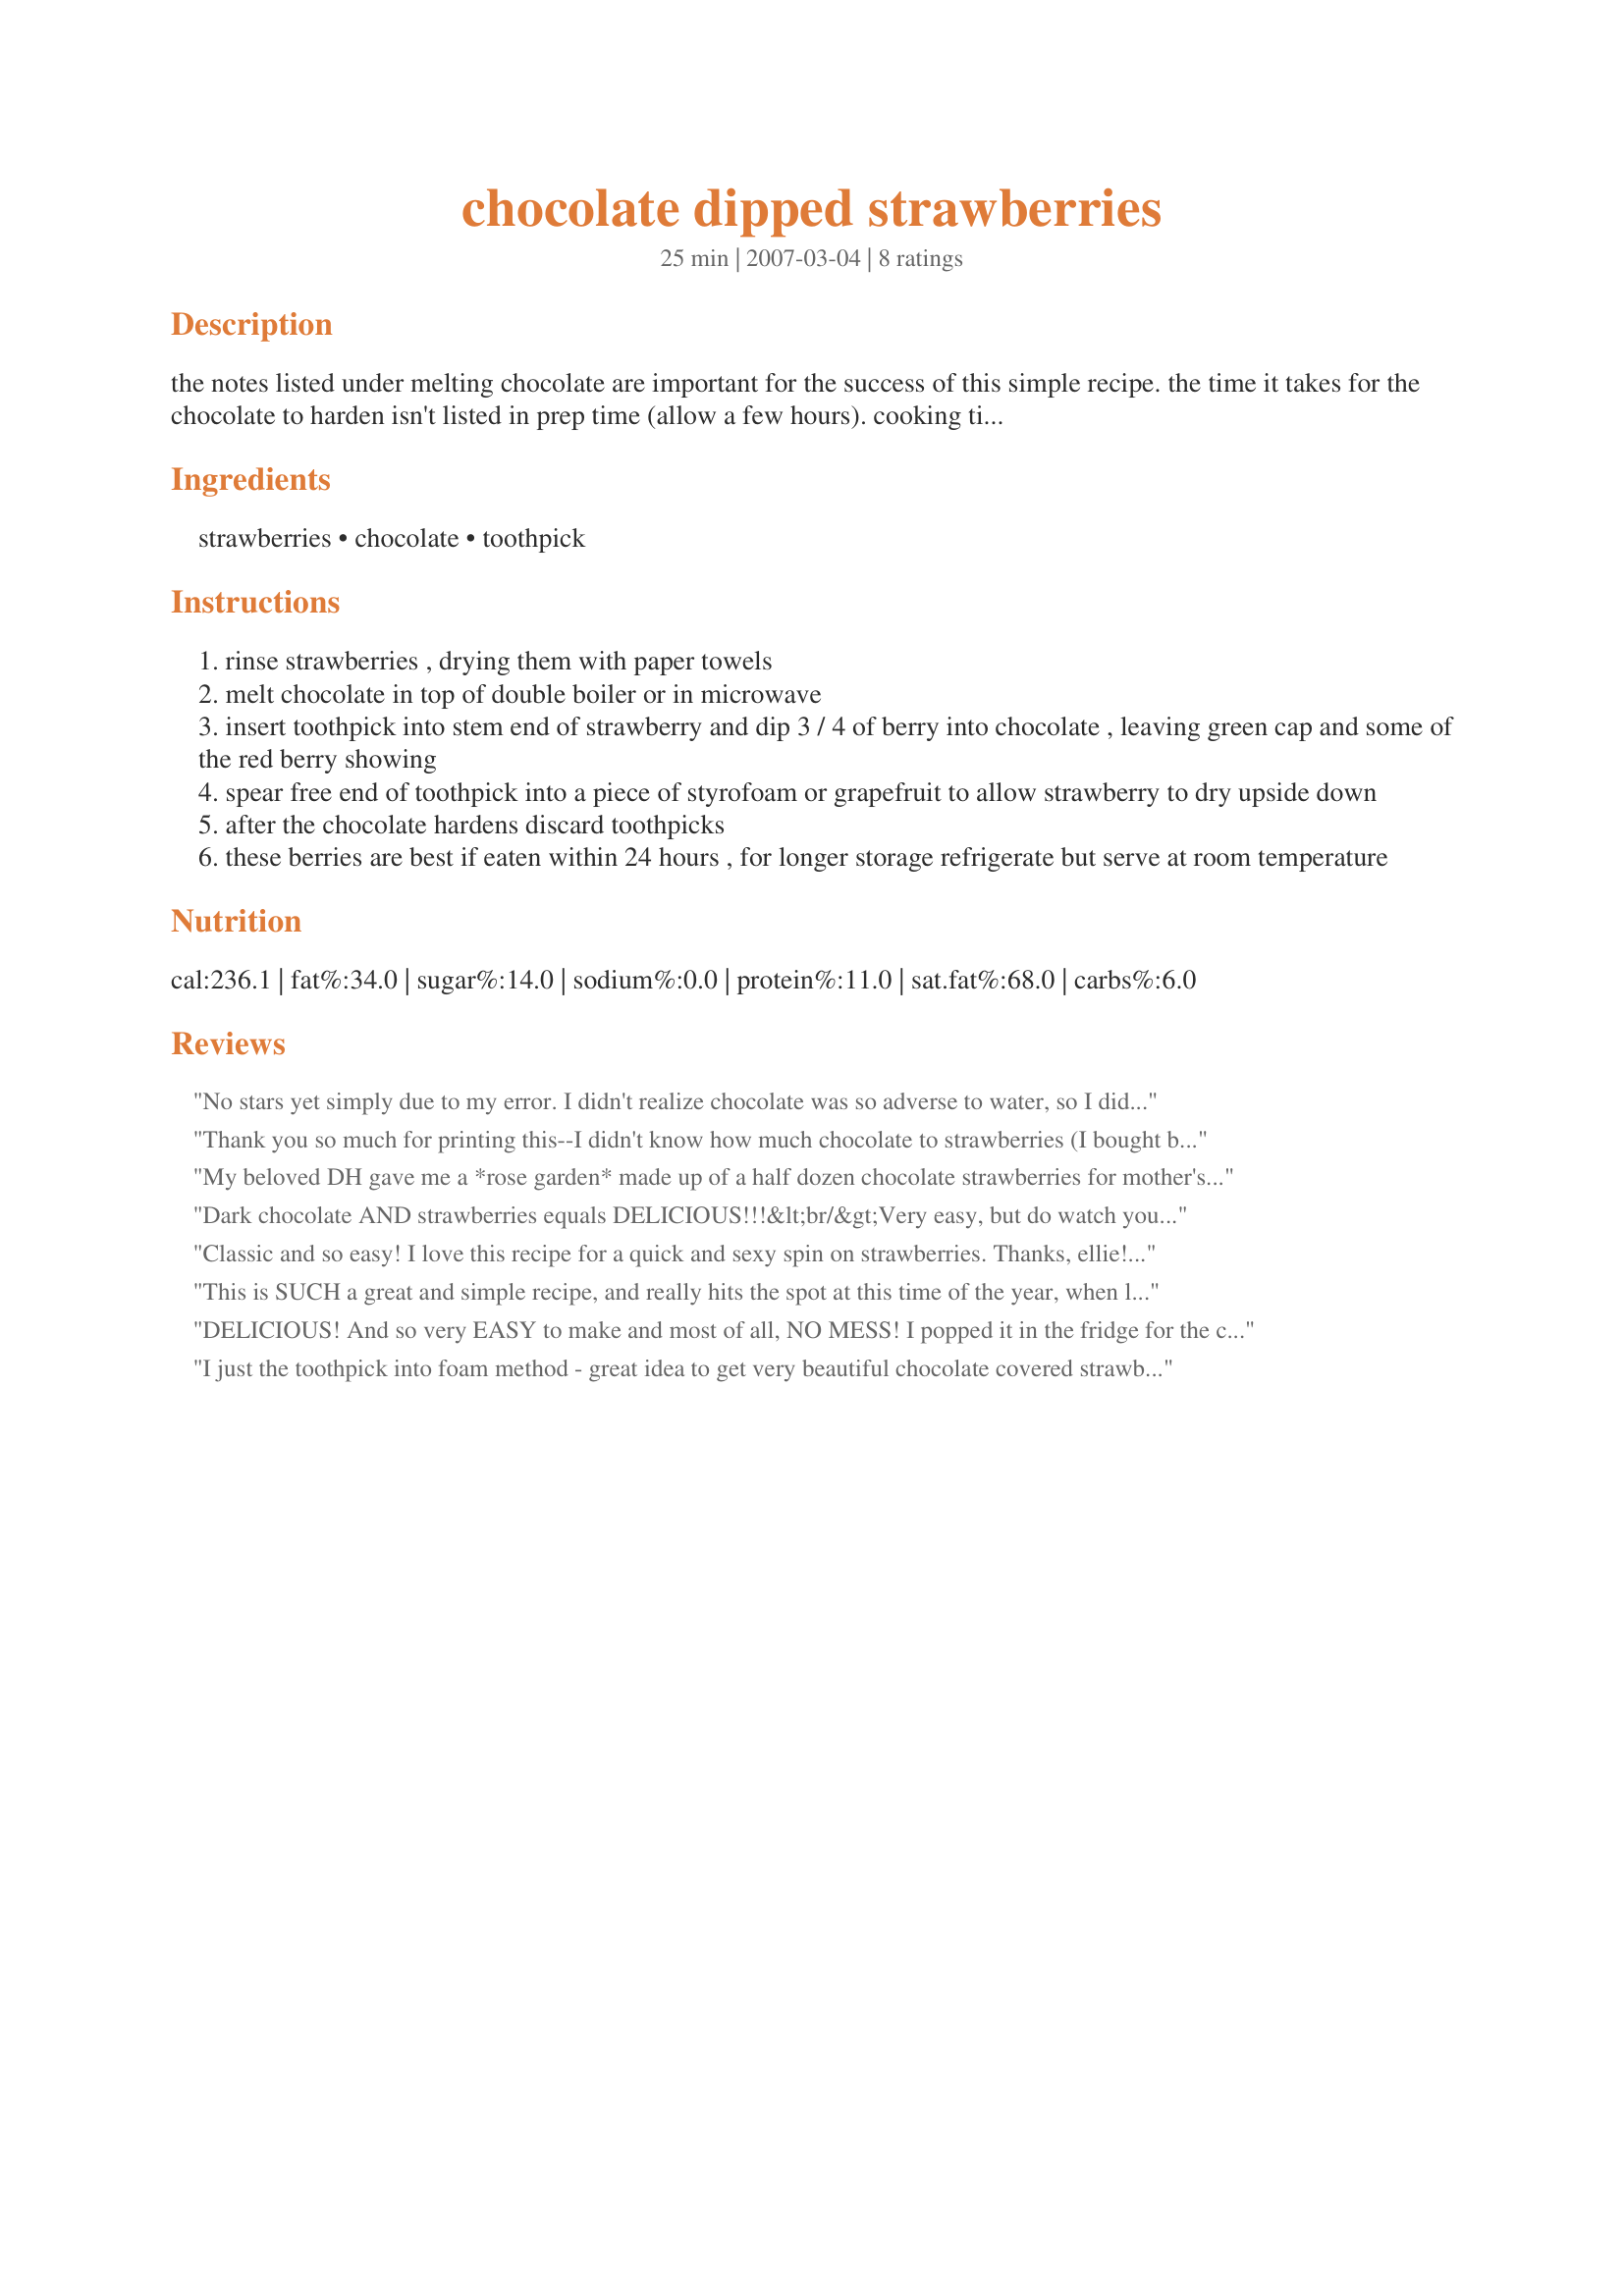
chocolate dipped strawberries
Preparation time: 25 minutes

the notes listed under melting chocolate are important for the success of this simple recipe. the time it takes for the chocolate to harden isn't listed in prep time (allow a few hours). cooking time is minimal - time for melting chocolate.
recipe source: realtor's flyer

Ingredients:
strawberries, chocolate, toothpick

Steps:
rinse strawberries , drying them with paper towels
melt chocolate in top of double boiler or in microwave
insert toothpick into stem end of strawberry and dip 3 / 4 of berry into chocolate , leaving green cap and some of the red berry showing
spear free end of toothpick into a piece of styrofoam or grapefruit to allow strawberry to dry upside down
after the chocolate hardens discard toothpicks
these berries are best if eaten within 24 hours , for longer storage refrigerate but serve at room temperature

Reviews:
No stars yet simply due to my error. I didn't realize chocolate was so adverse to water, so I didn't fully dry the strawberries once I'd washed them. This caused the chocolate to harden and basically became unusable pretty quickly. The strawberries I was able to coat tasted delicious, even though they didn't look as they should. Will definitely try this again to get the technique down.

Edited to add: A second attempt yesterday yielded better, though still not satisfactory results. I believe I'm heating the chocolate too high (I dried the berries off thoroughly beforehand this time) so will address that issue with the next batch. That said, my tasters really loved the flavor combination.
Thank you so much for printing this--I didn't know how much chocolate to strawberries (I bought bar chocolate, not chips.), so this was very helpful. They were delicious! Using this measure of chocolate, I was able to do a quart of strawberries. I used dark chocolate.
My beloved DH gave me a *rose garden* made up of a half dozen chocolate strawberries for mother's day today. He's such a sweetie, and won my heart with this recipe. Thanks for posting. :)
Dark chocolate AND strawberries equals DELICIOUS!!!&lt;br/&gt;Very easy, but do watch your chocolate temperature, it really does make a difference!&lt;br/&gt;Made these to go alongside some chocolate brownies for guests, and both adults and children raved about them.&lt;br/&gt;A winner all round.&lt;br/&gt;Made for PRMR.
Classic and so easy! I love this recipe for a quick and sexy spin on strawberries. Thanks, ellie! Made for Veggie Recipe Swap.
This is SUCH a great and simple recipe, and really hits the spot at this time of the year, when local berries are easily found in the markets! I've made these for many years, but NEVER thought of using toothpicks jabbed into styrofoam so they look for "perfect"! Great idea!!!!

KEEPER!
DELICIOUS! And so very EASY to make and most of all, NO MESS! I popped it in the fridge for the chocolate to harden since I had guests coming and had to make this at the very last minute. Thanks, ellie, for sharing! Definitely a keeper.
I just the toothpick into foam method - great idea to get very beautiful chocolate covered strawberries withou one side 'smashed' in. And of course delicious, too. I will be making these again for sure. Made for PRMR.
